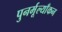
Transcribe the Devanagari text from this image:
पुनर्मूल्याँकन